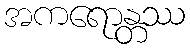
အကရောန္တဿ